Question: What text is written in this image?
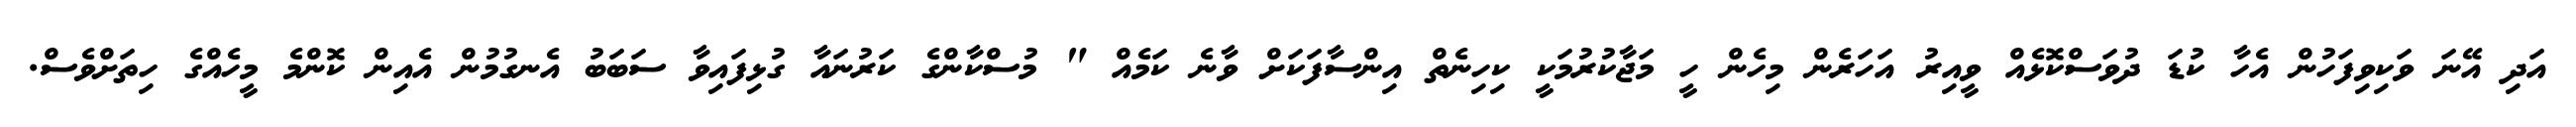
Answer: އަދި އޭނަ ވަކިވިފަހުން އެހާ ކުޑަ ދުވަސްކޮޅެއް ވީއިރު އަހަރެން މިހެން ހީ މަޖާކުރުމަކީ ކިހިނެތް އިންސާފަކަށް ވާނެ ކަމެއް " މުސްކާންގެ ކަރުނައާ ގުޅިފައިވާ ސަބަބު އެނގުމުން އެއިން ކޮންމެ މީހެއްގެ ހިތަށްވެސް.